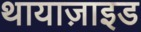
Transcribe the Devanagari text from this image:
थायाज़ाइड